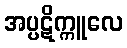
အပ္ပဋိက္ကူလေ